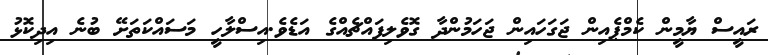
ރައީސް ޔާމީން ކެމްޕެއިން ޖަގަހައިން ޖަހަމުންދާ ގޮވެލިފައްޗެއްގެ އަޑެވެ.އިސްލާހީ މަސައްކަތަށޭ ބުނެ އިދިކޮޅު